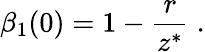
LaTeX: \beta_{1}(0)=1-\frac{r}{z^{*}}\; .